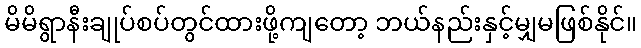
မိမိရွာနီးချုပ်စပ်တွင်ထားဖို့ကျတော့ ဘယ်နည်းနှင့်မျှမဖြစ်နိုင်။